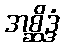
အစ္ဆိဒ္ဒံ